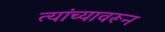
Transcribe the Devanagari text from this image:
त्यांच्यावरून